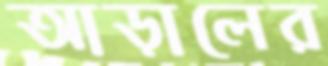
আড়ালের